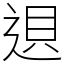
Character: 䢙